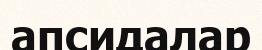
апсидалар